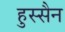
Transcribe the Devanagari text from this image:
हुस्सैन